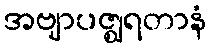
အဗျာပဇ္ဈရတာနံ